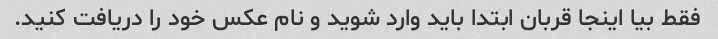
فقط بیا اینجا قربان ابتدا باید وارد شوید و نام عکس خود را دریافت کنید.